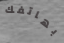
بهاتفك